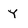
Character: Y